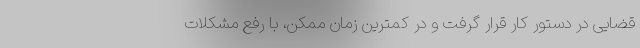
قضایی در دستور کار قرار گرفت و در کمترین زمان ممکن، با رفع مشکلات